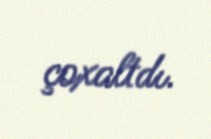
çoxaltdı.